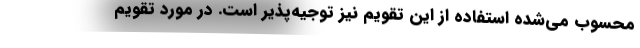
محسوب می‌شده‌ استفاده از این تقویم نیز توجیه‌پذیر است. در مورد تقویم